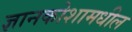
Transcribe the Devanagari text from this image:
ज्ञानकोशामधील